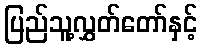
ပြည်သူ့လွှတ်တော်နှင့်